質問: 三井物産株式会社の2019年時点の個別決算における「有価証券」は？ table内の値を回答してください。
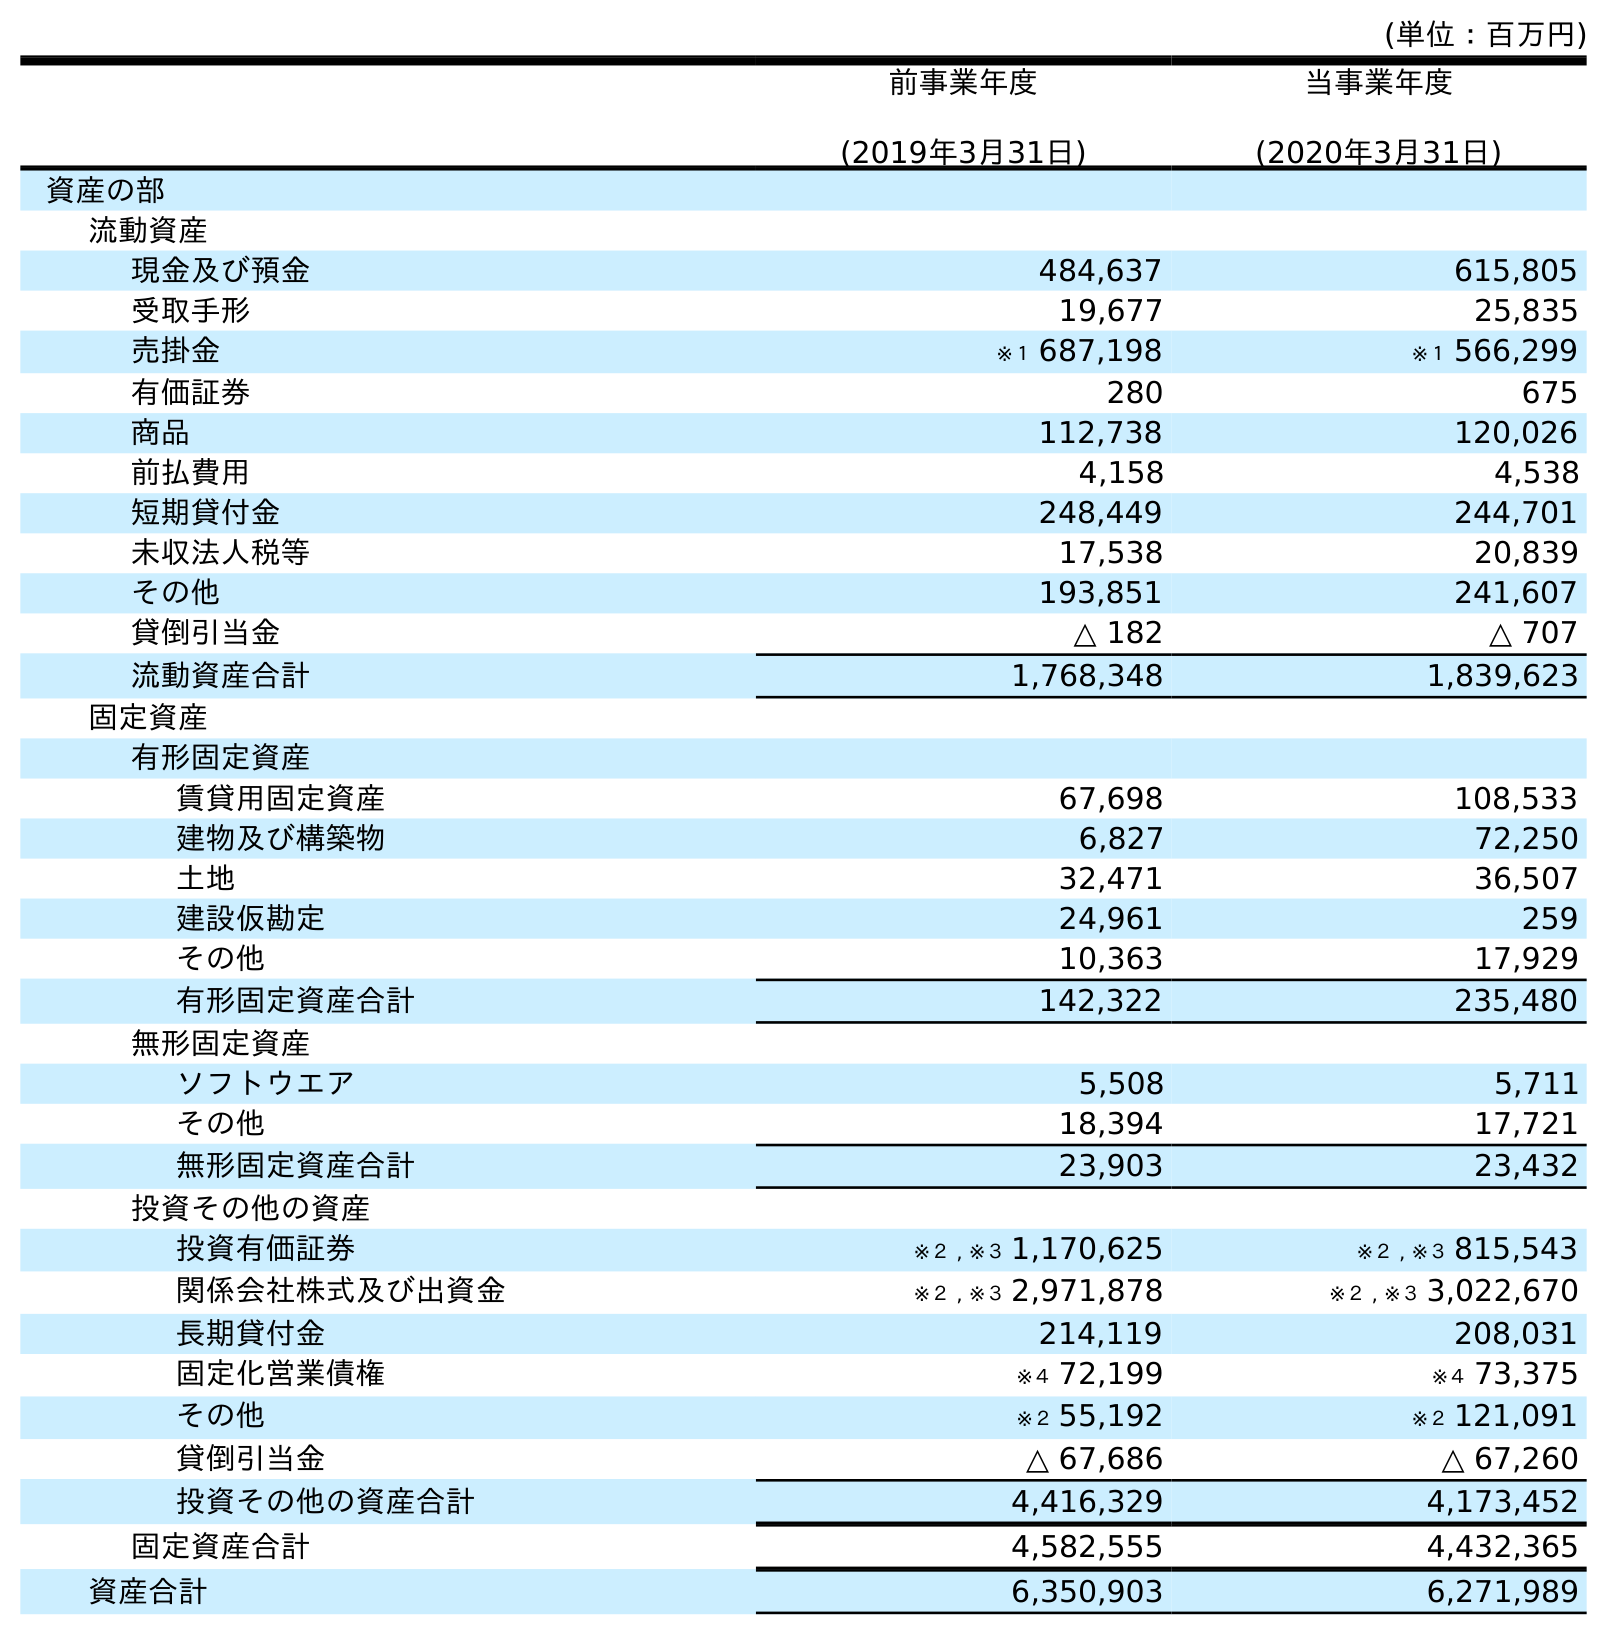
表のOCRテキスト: (単位：百万円) 前事業年度 (2019年3月31日) 当事業年度 (2020年3月31日) 資産の部 流動資産 現金及び預金 484,637 615,805 受取手形 19,677 25,835 売掛金 ※１ 687,198 ※１ 566,299 有価証券 280 675 商品 112,738 120,026 前払費用 4,158 4,538 短期貸付金 248,449 244,701 未収法人税等 17,538 20,839 その他 193,851 241,607 貸倒引当金 △ 182 △ 707 流動資産合計 1,768,348 1,839,623 固定資産 有形固定資産 賃貸用固定資産 67,698 108,533 建物及び構築物 6,827 72,250 土地 32,471 36,507 建設仮勘定 24,961 259 その他 10,363 17,929 有形固定資産合計 142,322 235,480 無形固定資産 ソフトウエア 5,508 5,711 その他 18,394 17,721 無形固定資産合計 23,903 23,432 投資その他の資産 投資有価証券 ※２ , ※３ 1,170,625 ※２ , ※３ 815,543 関係会社株式及び出資金 ※２ , ※３ 2,971,878 ※２ , ※３ 3,022,670 長期貸付金 214,119 208,031 固定化営業債権 ※４ 72,199 ※４ 73,375 その他 ※２ 55,192 ※２ 121,091 貸倒引当金 △ 67,686 △ 67,260 投資その他の資産合計 4,416,329 4,173,452 固定資産合計 4,582,555 4,432,365 資産合計 6,350,903 6,271,989
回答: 280